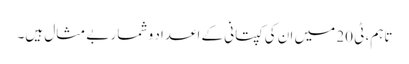
تاہم، ٹی 20 میں ان کی کپتانی کے اعداد و شمار بے مثال ہیں۔